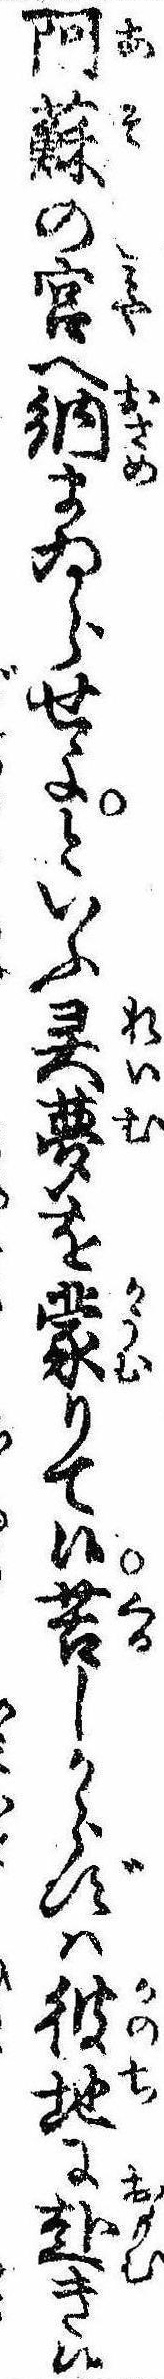
阿蘇の宮へ納まゐらせよといふ夢を蒙りて候苦しからずは彼地に赴き候